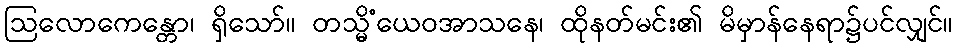
ဩလောကေန္တော၊ ရှိသော်။ တသ္မိံယေဝအာသနေ၊ ထိုနတ်မင်း၏ မိမှာန်နေရာ၌ပင်လျှင်။